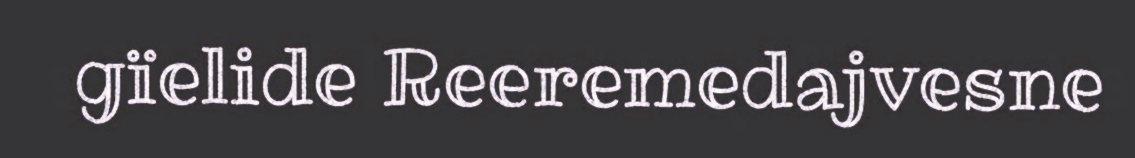
gïelide Reeremedajvesne